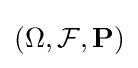
(\Omega ,{\mathcal {F}},\mathbf {P} )